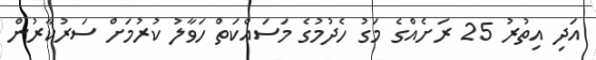
އަދި އިތުރު 25 ރަށެއްގެ މަގު ހެދުމުގެ މަސައްކަތް ހަވާލު ކުރުމަށް ސަރުކާރުން